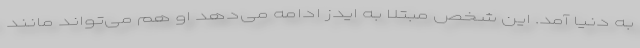
به دنیا آمد. ‌این شخص مبتلا به ایدز ادامه می‌دهد او هم می‌تواند مانند